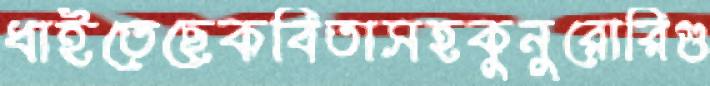
ধাইতেছেকবিতাসহকুনুরোরিগু